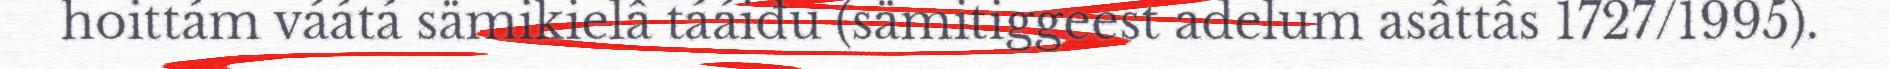
hoittám váátá sämikielâ tááiđu (sämitiggeest adelum asâttâs 1727/1995).